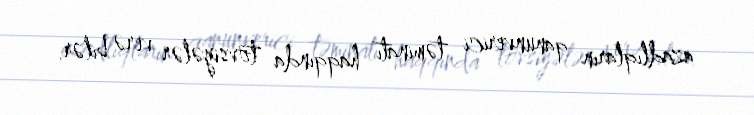
azadlıqların qanunverici təminatı haqqında tövsiyələr verə bilər.